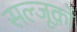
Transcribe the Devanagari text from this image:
सल्जूक़ों